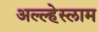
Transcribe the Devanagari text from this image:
अल्ल्हेस्लाम